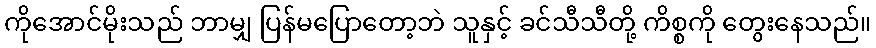
ကိုအောင်မိုးသည် ဘာမျှ ပြန်မပြောတော့ဘဲ သူနှင့် ခင်သီသီတို့ ကိစ္စကို တွေးနေသည်။